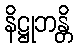
နိဋ္ဌုဘန္တိ